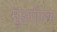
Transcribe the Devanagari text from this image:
मुआफ़िक